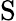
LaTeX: \operatorname S